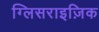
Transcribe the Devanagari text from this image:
ग्लिसराइज़िक